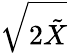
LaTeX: \sqrt{2\tilde{X}}